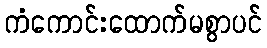
ကံကောင်းထောက်မစွာပင်